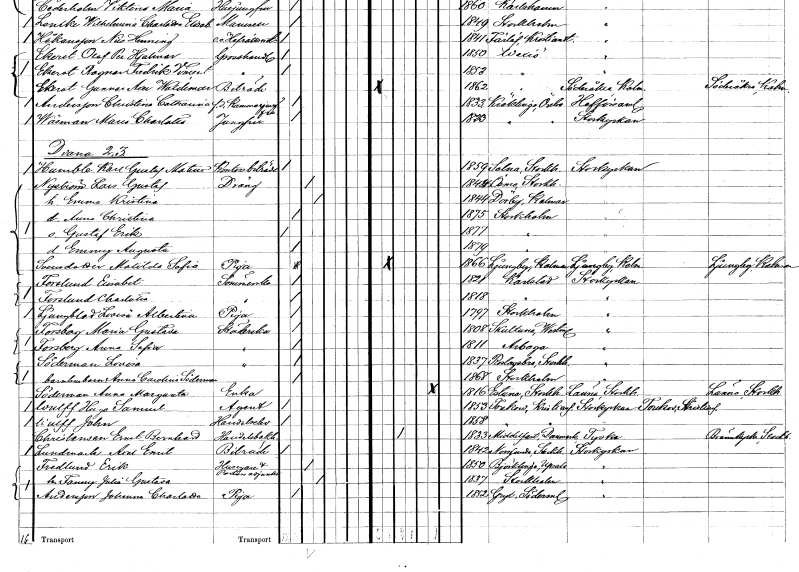
gt_parse: households: individuals: FN: Karl Gustaf Mateus
EN: Humble
YRKE: Kontorsbiträde
KON: M
CIV: O
FODAR: 1859
FODFORS: Solna Stockholms län
FN: Lars Gustaf
EN: Nyström
YRKE: Dräng
KON: M
CIV: G
FODAR: 1844
FODFORS: Ösmo Stockholms län
FN: Emma Kristina
KON: K
CIV: G
FODAR: 1844
FODFORS: Dörby Kalmar län
FN: Anna Christina
KON: K
CIV: O
FODAR: 1875
FODFORS: Stockholm
FN: Gustaf Erik
KON: M
CIV: O
FODAR: 1877
FODFORS: Stockholm
FN: Emmy Augusta
KON: K
CIV: O
FODAR: 1879
FODFORS: Stockholm
FN: Matilda Sofia
EN: Svensdotter
YRKE: Piga
KON: K
CIV: O
FODAR: 1866
FODFORS: Ljungby Kalmar län
FN: Elisabet
EN: Forslund
YRKE: Sömmerska
KON: K
CIV: O
FODAR: 1821
FODFORS: Karlstad Värmlands län
FN: Charlotta
EN: Forslund
YRKE: Sömmerska
KON: K
CIV: O
FODAR: 1818
FODFORS: Karlstad Värmlands län
FN: Lovisa Albertina
EN: Ljungblad
YRKE: Piga
KON: K
CIV: O
FODAR: 1797
FODFORS: Stockholm
FN: Maria Gustava
EN: Forsberg
YRKE: Städerska
KON: K
CIV: O
FODAR: 1808
FODFORS: Skultuna Västmanlands län
FN: Anna Sofia
EN: Forsberg
YRKE: Städerska
KON: K
CIV: O
FODAR: 1811
FODFORS: Arboga Västmanlands län
FN: Lovisa
EN: Söderman
YRKE: Städerska
KON: K
CIV: O
FODAR: 1837
FODFORS: Roslags-Bro Stockholms län
FN: Anna Carolina
EN: Söderman
YRKE: Barnhusbarn
KON: K
CIV: O
FODAR: 1868
FODFORS: Stockholm
FN: Anna Margareta
EN: Söderman
YRKE: Änka
KON: K
CIV: E
FODAR: 1816
FODFORS: Estuna Stockholms län
FN: Hugo Samuel
EN: Wulff
YRKE: Agent
KON: M
CIV: O
FODAR: 1853
FODFORS: Torekov Kristianstads län
FN: John
EN: Wulff
YRKE: Handelselev
KON: M
CIV: O
FODAR: 1858
FODFORS: Torekov Kristianstads län
FN: Ernst Bernhard
EN: Christensen
YRKE: Handelsbokhållare
KON: M
CIV: G
FODAR: 1833
FN: Axel Emil
EN: Lundmark
YRKE: Biträde
KON: M
CIV: O
FODAR: 1842
FODFORS: Norrsunda Stockholms län
FN: Erik
EN: Fredlund
YRKE: Husägare Adjunkt
KON: M
CIV: G
FODAR: 1850
FODFORS: Björklinge Uppsala län
FN: Fanny Julia Gustava
KON: K
CIV: G
FODAR: 1837
FODFORS: Stockholm
FN: Johanna Charlotta
EN: Andersson
YRKE: Piga
KON: K
CIV: O
FODAR: 1852
FODFORS: Gryt Södermanlands län